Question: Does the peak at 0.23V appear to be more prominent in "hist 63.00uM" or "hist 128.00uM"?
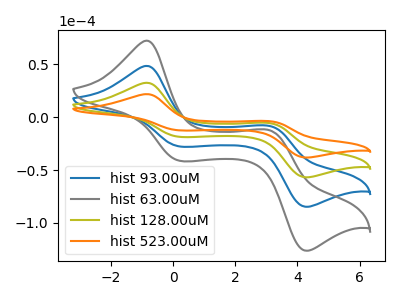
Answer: <think>The blue curve "hist 93.00uM" has anodic peaks at (-0.85V, 65.30uA) (3.10V, -11.10uA) and cathodic peaks at (0.25V, -37.30uA) (4.30V, -113.90uA). The gray curve "hist 63.00uM" has anodic peaks at (-0.85V, 97.95uA) (3.10V, -16.65uA) and cathodic peaks at (0.25V, -55.90uA) (4.30V, -170.80uA). The olive curve "hist 128.00uM" has anodic peaks at (-0.85V, 32.65uA) (3.10V, -5.55uA) and cathodic peaks at (0.25V, -18.65uA) (4.30V, -56.95uA). The orange curve "hist 523.00uM" has anodic peaks at (-0.85V, 21.90uA) (3.10V, -3.75uA) and cathodic peaks at (0.25V, -12.50uA) (4.30V, -38.20uA).</think>
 <answer>The peak at 0.23V is higher in "hist 63.00uM" than in "hist 128.00uM".</answer>
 <eval>higher</eval>